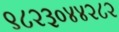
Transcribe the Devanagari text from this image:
९८२३०४४२८२